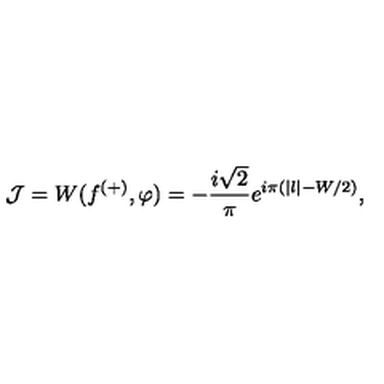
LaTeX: \mathcal { J } = W ( f ^ { ( + ) } , \varphi ) = - \frac { i \sqrt { 2 } } { \pi } e ^ { i \pi ( | l | - W / 2 ) } ,